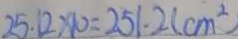
2 5 . 1 2 \times 1 0 = 2 5 1 . 2 ( c m ^ { 2 } )